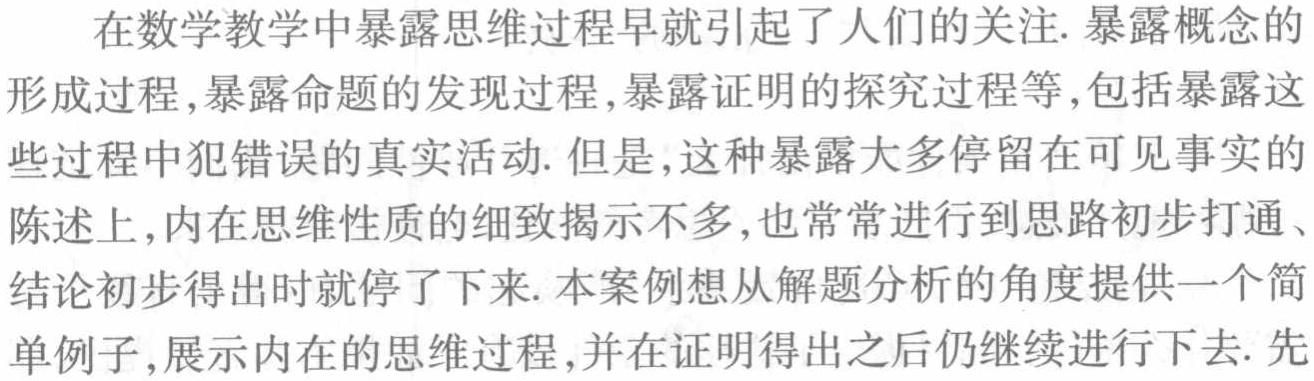
在数学教学中暴露思维过程早就引起了人们的关注. 暴露概念的
形成过程, 暴露命题的发现过程, 暴露证明的探究过程等,包括暴露这
些过程中犯错误的真实活动. 但是, 这种暴露大多停留在可见事实的
陈述上, 内在思维性质的细致揭示不多, 也常常进行到思路初步打通、
结论初步得出时就停了下来. 本案例想从解题分析的角度提供一个简
单例子, 展示内在的思维过程, 并在证明得出之后仍继续进行下去. 先